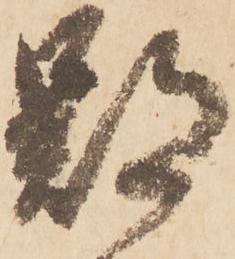
鄙